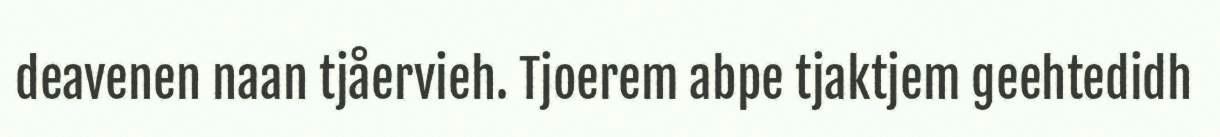
deavenen naan tjåervieh. Tjoerem abpe tjaktjem geehtedidh